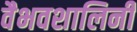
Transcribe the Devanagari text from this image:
वैभवशालिनी